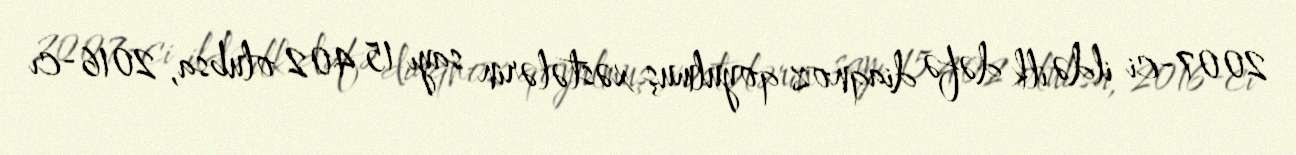
2007-ci ildə ilk dəfə diaqnoz qoyulmuş xəstələrin sayı 15 402 olubsa, 2016-cı